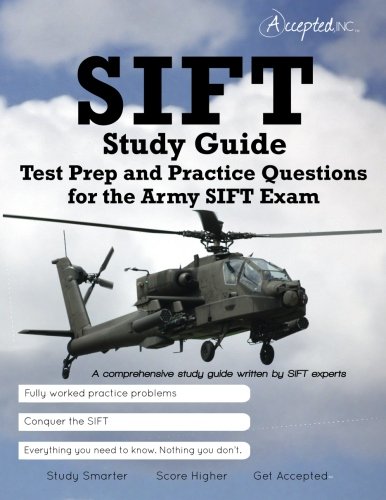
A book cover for SIFT Study Guide:  Test Prep and Practice Questions for the Army SIFT Exam; Inc. Accepted; Test Preparation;